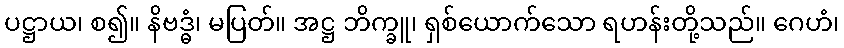
ပဋ္ဌာယ၊ စ၍။ နိဗဒ္ဓံ၊ မပြတ်။ အဋ္ဌ ဘိက္ခူ၊ ရှစ်ယောက်သော ရဟန်းတို့သည်။ ဂေဟံ၊